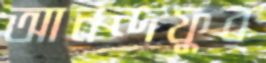
আনন্দফুর্